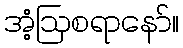
အံ့ဩစရာနော်။